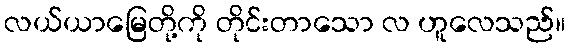
လယ်ယာမြေတို့ကို တိုင်းတာသော လ ဟူလေသည်။